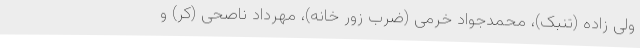
ولی زاده (تنبک)، محمدجواد خرمی (ضرب زور خانه)، مهرداد ناصحی (کر) و